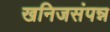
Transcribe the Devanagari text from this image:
खनिजसंपन्न